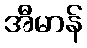
အီမာန်